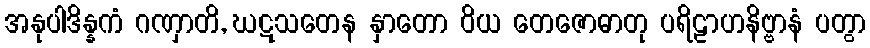
အနုပါဒိန္နကံ ဂဏှာတိ, ဃဋသတေန နှာတော ဝိယ တေဇောဓာတု ပရိဠာဟနိဗ္ဗာနံ ပတွာ